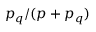
{ p _ { q } } / ( p + p _ { q } )